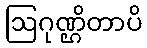
ဩဂုဏ္ဌိတာပိ